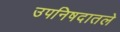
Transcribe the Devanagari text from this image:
उपनिषदातले